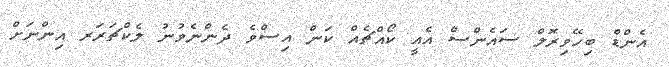
އެންޑް ބިހޭވިރޮލް ސައެންސް އެއީ ކޯއްޗެއް ކަން އިސްވެ ދެންނެވުނު ލެކްޗަރަރ އިންނަށް